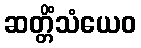
ဆတ္တိံသံယေဝ